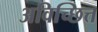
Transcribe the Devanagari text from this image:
अविच्छित्त